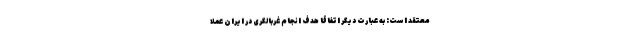
معتقد است: به‌ عبارت دیگر اتفاقا هدف انجام غربالگری در ایران عملا